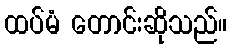
ထပ်မံ တောင်းဆိုသည်။